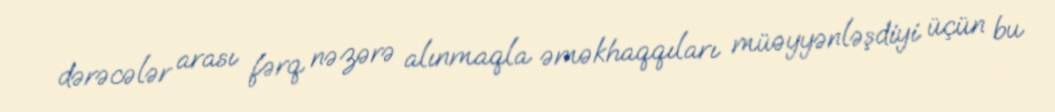
dərəcələr arası fərq nəzərə alınmaqla əməkhaqqıları müəyyənləşdiyi üçün bu